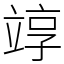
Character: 䇏